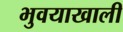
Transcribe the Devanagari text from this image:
भुवयाखाली